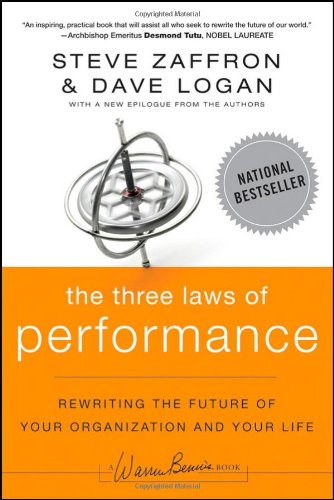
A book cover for The Three Laws of Performance: Rewriting the Future of Your Organization and Your Life; Steve Zaffron; Business & Money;